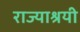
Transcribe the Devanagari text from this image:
राज्याश्रयी